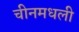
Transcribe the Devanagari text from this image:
चीनमधली